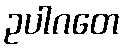
ဥပါဂတေ